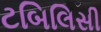
ટબિલિસી